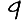
Digit: 9